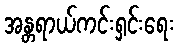
အန္တရာယ်ကင်းရှင်းရေး